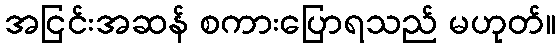
အငြင်းအဆန် စကားပြောရသည် မဟုတ်။